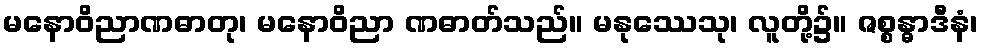
မနောဝိညာဏဓာတု၊ မနောဝိညာ ဏဓာတ်သည်။ မနုဿေသု၊ လူတို့၌။ ဇစ္စန္ဓာဒီနံ၊